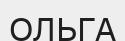
ОЛЬГА